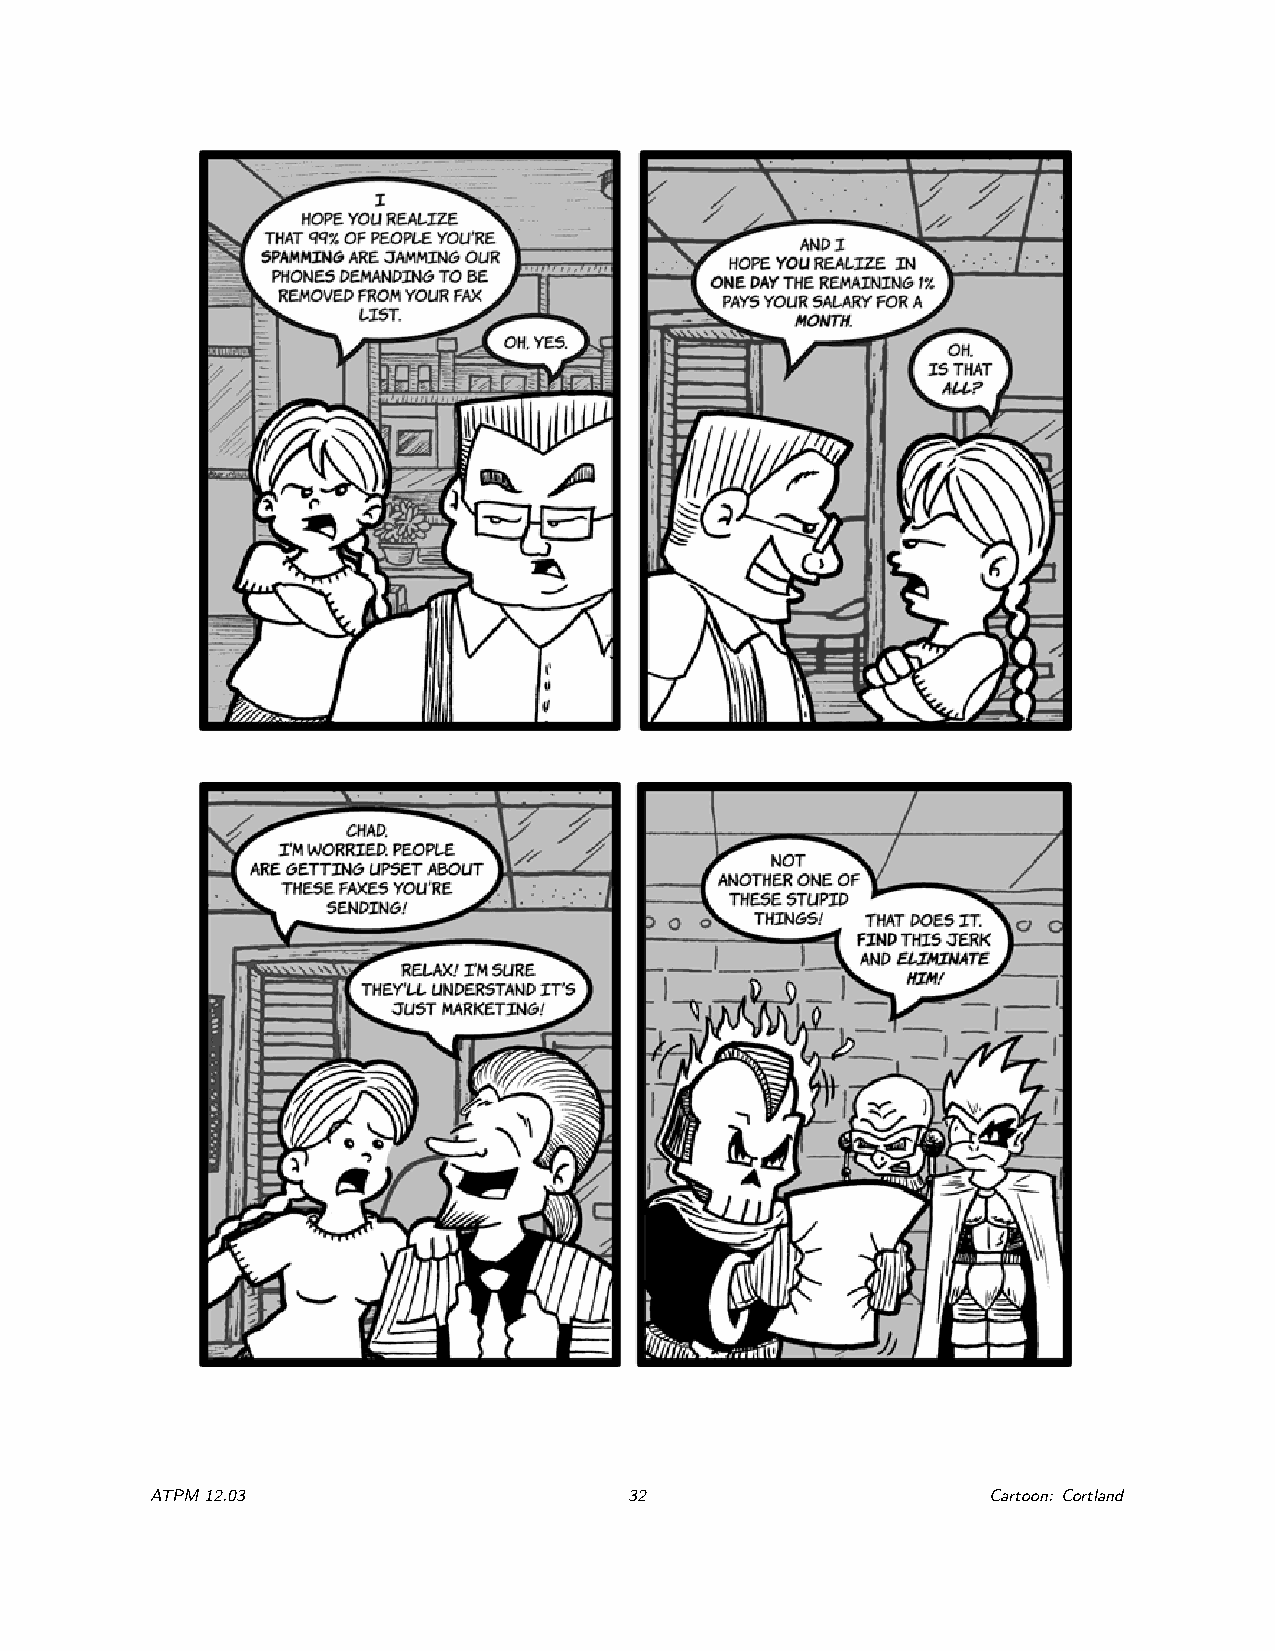
ATPM12.03                       32                     Cartoon: Cortland